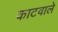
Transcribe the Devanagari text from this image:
काटवाले